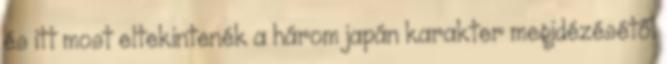
és itt most eltekintenék a három japán karakter megidézésétől